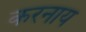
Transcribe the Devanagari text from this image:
करनाय